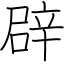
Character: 辟